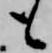
も